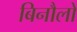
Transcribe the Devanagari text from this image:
बिनौलों